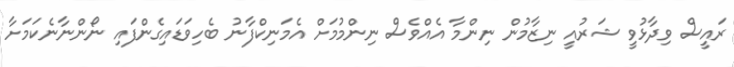
ރައީސް ވިދާޅުވީ ޝަރުއީ ނިޒާމުން ނިންމާ އެއްވެސް ނިންމުމަށް އެމަނިކްފާނު ބެހިވަޑައިގެންފައި ނޯންނާނެކަމަށާ